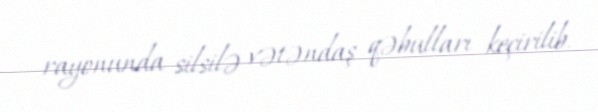
rayonunda silsilə vətəndaş qəbulları keçirilib.